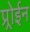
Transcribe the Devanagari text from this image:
प्र्रोईन